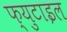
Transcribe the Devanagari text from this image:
फ्युटाइल